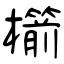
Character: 櫤